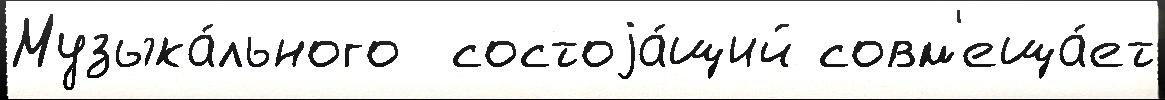
Музыка́льного  состоjа́щий совм'еща́ет